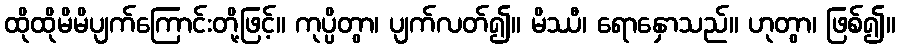
ထိုထိုမိမိပျက်ကြောင်းတို့ဖြင့်။ ကုပ္ပိတွာ၊ ပျက်လတ်၍။ မိဿီ၊ ရောနှောသည်။ ဟုတွာ၊ ဖြစ်၍။